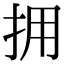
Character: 拥